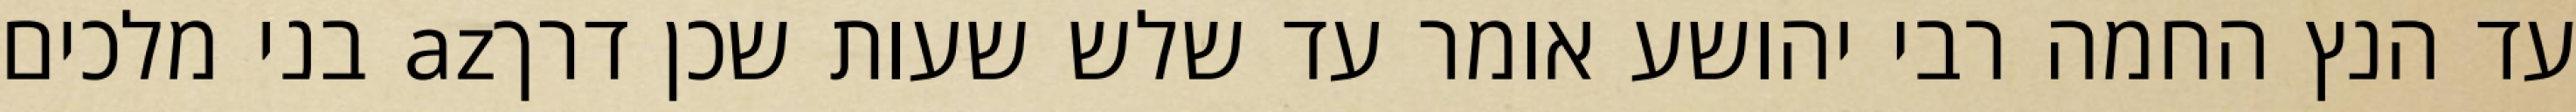
עד הנץ החמה רבי יהושע אומר עד שלש שעות שכן דרךaz בני מלכים